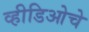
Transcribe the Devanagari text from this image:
व्हीडिओचे